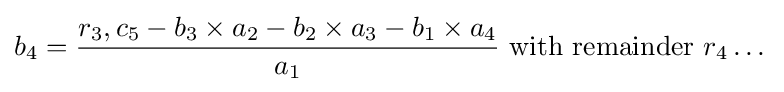
b_{4}={\frac {r_{3},c_{5}-b_{3}\times a_{2}-b_{2}\times a_{3}-b_{1}\times a_{4}}{a_{1}}}{\mbox{ with remainder }}r_{4}\dots